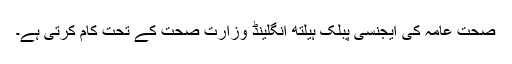
صحت عامہ کی ایجنسی پبلک ہیلتھ انگلینڈ وزارتِ صحت کے تحت کام کرتی ہے۔